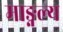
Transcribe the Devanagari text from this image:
माङ्गल्य